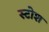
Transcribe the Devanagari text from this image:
स्टोश